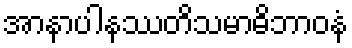
အာနာပါနဿတိသမာဓိဘာဝနံ